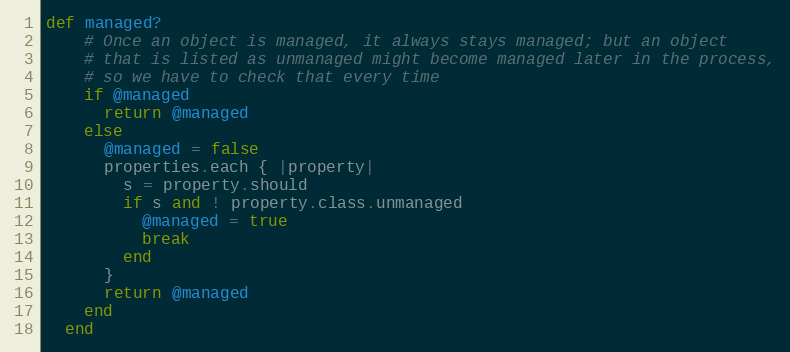
Language: Ruby
def managed?
    # Once an object is managed, it always stays managed; but an object
    # that is listed as unmanaged might become managed later in the process,
    # so we have to check that every time
    if @managed
      return @managed
    else
      @managed = false
      properties.each { |property|
        s = property.should
        if s and ! property.class.unmanaged
          @managed = true
          break
        end
      }
      return @managed
    end
  end